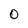
Character: O